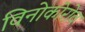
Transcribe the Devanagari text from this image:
विनोकोरोव